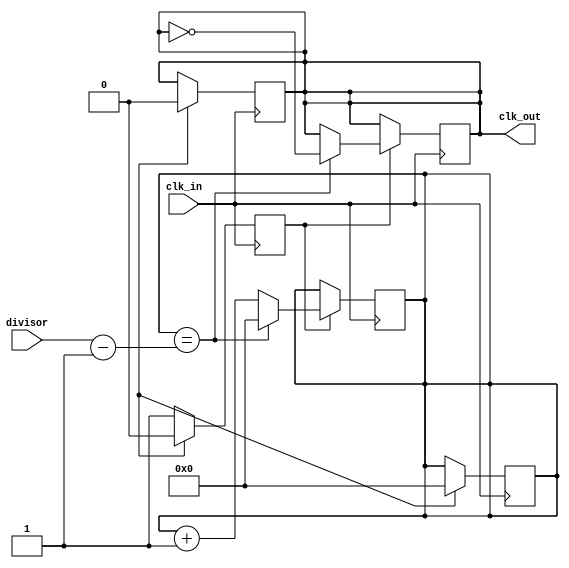
module fractional_clock_divider (
    input wire clk_in,
    input wire [31:0] divisor,
    output wire clk_out
);

reg [31:0] count = 0;
reg divider_enable = 0;

always @ (posedge clk_in) begin
    if (divider_enable) begin
        count <= count + 1;
        if (count == divisor - 1) begin
            count <= 0;
            clk_out <= ~clk_out;
        end
    end
end

always @ (posedge clk_in) begin
    if (reset) begin
        count <= 0;
        divider_enable <= 0;
        clk_out <= 0;
    end else begin
        divider_enable <= 1;
    end
end

endmodule